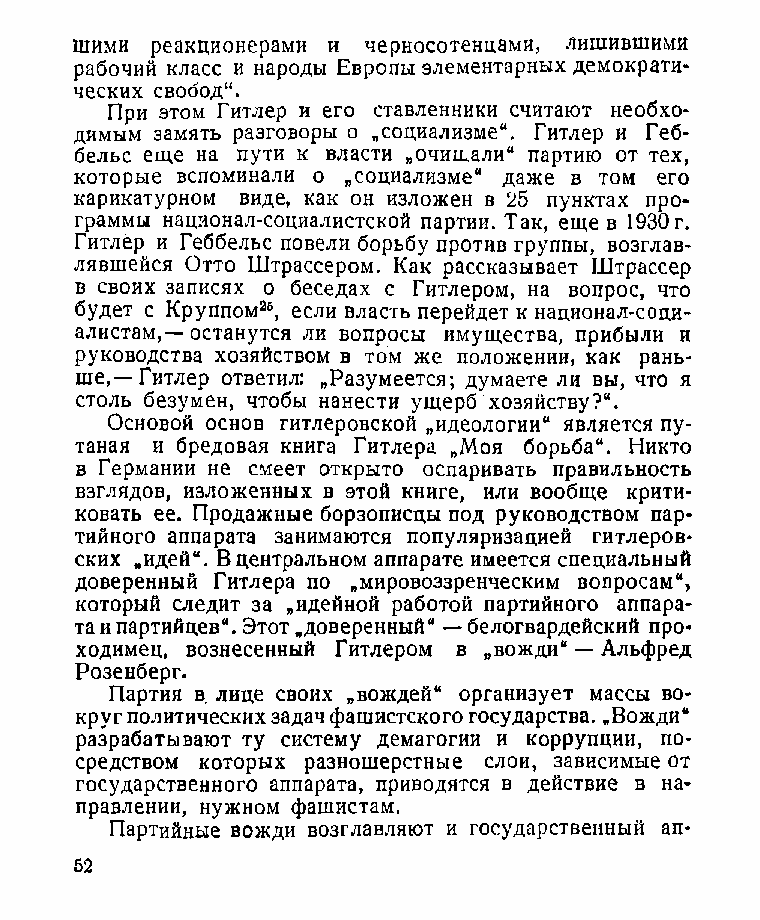
шими реакционерами и черносотенцами, лишившими
 рабочий класс и народы Европы элементарных демократи­
 ческих свобод“.
 При этом Гитлер и его ставленники считают необхо­
 димым замять разговоры о „социализме“. Гитлер и Геб­
 бельс еще на пути к власти „очищали“ партию от тех,
 которые вспоминали о „социализме“ даже в том его
 карикатурном виде, как он изложен в 25 пунктах про­
 граммы национал-социалистской партии. Так, еще в 1930 г.
 Гитлер и Геббельс повели борьбу против группы, возглав­
 лявшейся Отто Штрассером. Как рассказывает Штрассер
 в своих записях о беседах с Гитлером, на вопрос, что
 будет с Круппом26, если власть перейдет к национал-соци­
 алистам,— останутся ли вопросы имущества, прибыли и
 руководства хозяйством в том же положении, как рань­
 ше,—Гитлер ответил: „Разумеется; думаете ли вы, что я
 столь безумен, чтобы нанести ущерб хозяйству?“.
 Основой основ гитлеровской „идеологии“ является пу­
 таная и бредовая книга Гитлера „Моя борьба“. Никто
 в Германии не смеет открыто оспаривать правильность
 взглядов, изложенных в этой книге, или вообще крити­
 ковать ее. Продажные борзописцы под руководством пар­
 тийного аппарата занимаются популяризацией гитлеров­
 ских „идей“. В центральном аппарате имеется специальный
 доверенный Гитлера по „мировоззренческим вопросам“,
 который следит за „идейной работой партийного аппара­
 та и партийцев“. Этот „доверенный“ — белогвардейский про­
 ходимец, вознесенный Гитлером в „вожди“ — Альфред
 Розенберг.
 Партия в лице своих „вождей“ организует массы во­
 круг политических задач фашистского государства. „Вожди“
 разрабатывают ту систему демагогии и коррупции, по­
 средством которых разношерстные слои, зависимые от
 государственного аппарата, приводятся в действие в на­
 правлении, нужном фашистам.
 Партийные вожди возглавляют и государственный ап­
 52